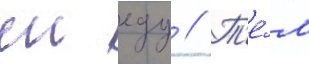
еи еду // Т'е́м